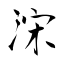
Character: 浨